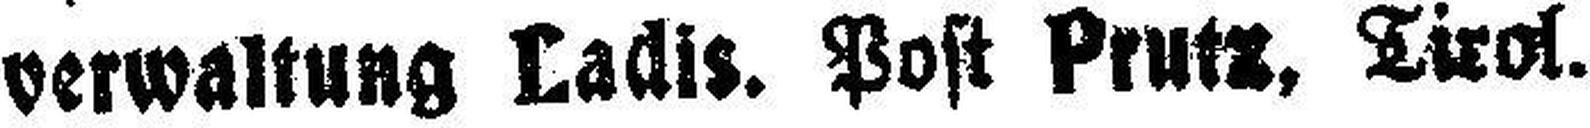
verwaltung Ladis. Post Prutz, Tirol.